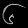
Digit: ၆